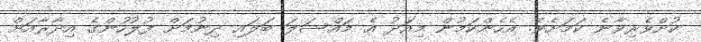
ކުށްވެރިވާނެ ކަމަށެވެ. އެހެންކަމުން މިއަދު އެ މައްސަލަ ބަލައި ދިނުމަށް ފުލުހުންގެ އިދާރާއަށް